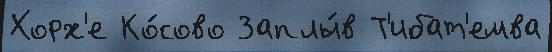
Хорх'е Ко́сово Заплы́в Т'ибат'емва